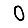
Digit: 0